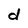
Character: d